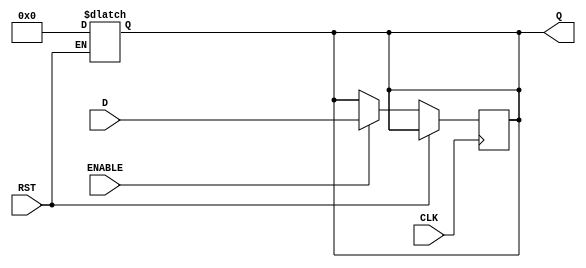
module DataRegister #(
    parameter WIDTH = 8  // Parameter for register width (default is 8 bits)
)(
    input  wire [WIDTH-1:0] D,     // Data input
    input  wire CLK,                // Clock signal
    input  wire RST,                // Asynchronous reset
    input  wire ENABLE,             // Optional enable signal
    output reg  [WIDTH-1:0] Q       // Data output
);

    // Asynchronous reset behavior
    always @* begin
        if (RST) begin
            Q = {WIDTH{1'b0}};  // Reset output to zero
        end
    end

    // Sequential logic to capture data on clock edge
    always @(posedge CLK) begin
        if (!RST) begin
            if (ENABLE) begin
                Q <= D;  // Capture data on rising edge of clock if ENABLE is high
            end
            // If ENABLE is low, retain previous value of Q
        end
    end

endmodule